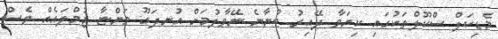
މެޑިކަލް ސްކޫލްތަކުގައި ކިޔަވާ ދޭއިރު ބުނާނެ ނޭވާލުމަށް އުނދަގޫ ވަންޏާ ޖުމްލައެއް ވެސް